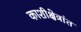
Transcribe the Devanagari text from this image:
काशीक्षेत्रांत